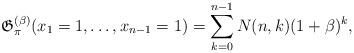
\begin{gather*}\mathfrak{ G}_{\pi}^{(\beta)}(x_1=1,\ldots,x_{n-1}=1)=\sum_{k=0}^{n-1}N(n,k) (1+\beta)^{k},\end{gather*}